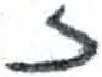
אות: ז